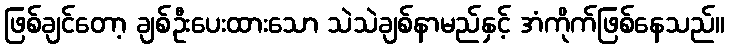
ဖြစ်ချင်တော့ ချစ်ဦးပေးထားသော သဲသဲချစ်နာမည်နှင့် အံကိုက်ဖြစ်နေသည်။